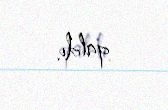
qaldı.